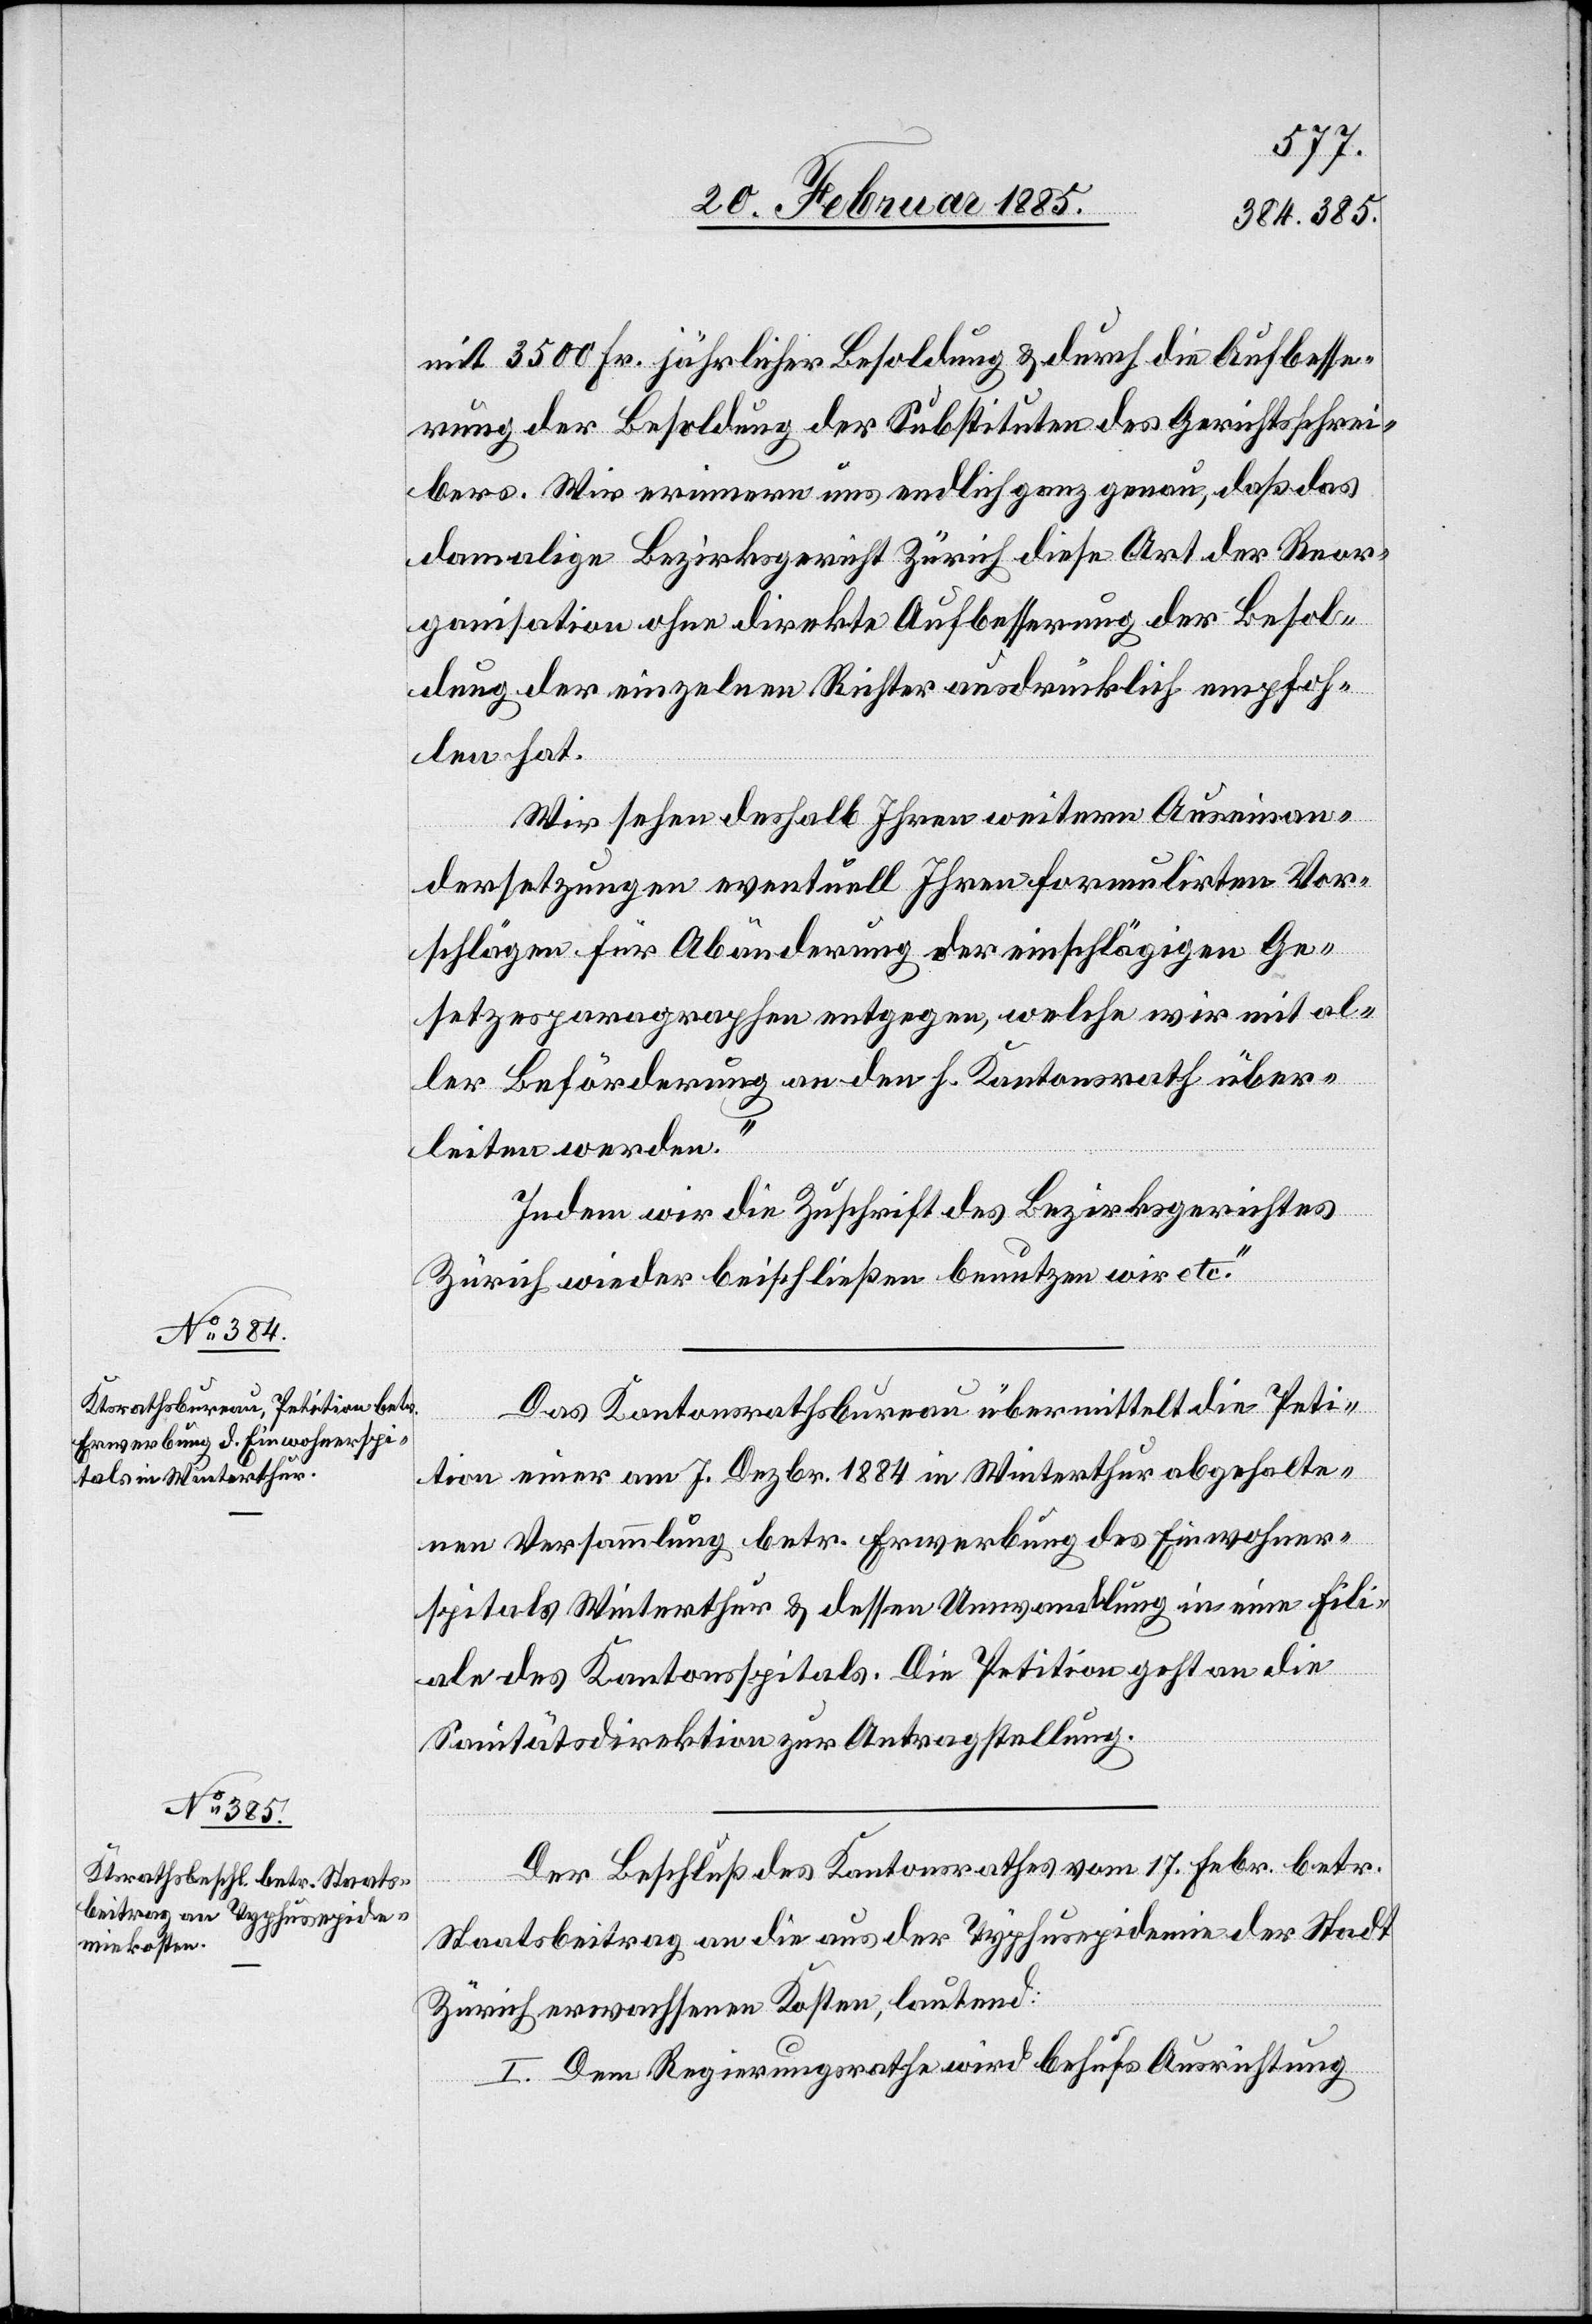
mit 3500 Fr. jährlicher Besoldung & durch die Aufbesse¬
rung der Besoldung der Substituten des Gerichtsschrei¬
bers. Wir erinnern uns endlich ganz genau, daß das
damalige Bezirksgericht Zürich diese Art der Reor¬
ganisation ohne direkte Aufbesserung der Besol¬
dung der einzelnen Richter ausdrücklich empfoh¬
len hat.
Wir sehen deshalb Ihren weitern Auseinan¬
dersetzungen eventuell Ihren formulirten Vor¬
schlägen für Abänderung der einschlägigen Ge¬
setzesparagraphen entgegen, welche wir mit al¬
ler Beförderung an den h. Kantonsrath über¬
leiten werden.
Indem wir die Zuschrift des Bezirksgerichtes
Zürich wieder beischließen benutzen wir etc.“
Das Kantonsrathsbureau übermittelt die Peti¬
tion einer am 7. Dezbr. 1884 in Winterthur abgehalte¬
nen Versammlung betr. Erwerbung des Einwohner¬
spitals Winterthur & dessen Umwandlung in eine Fili¬
ale des Kantonsspitals. Die Petition geht an die
Sanitätsdirektion zur Antragstellung.
Der Beschluß des Kantonsrathes vom 17. Febr. betr.
Staatsbeitrag an die aus der Typhusepidemie der Stadt
Zürich erwachsenen Kosten, lautend:
I. Dem Regierungsrathe wird behufs Ausrichtung